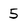
Character: 5